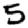
Digit: 5